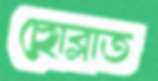
ছোব্‌লাত